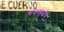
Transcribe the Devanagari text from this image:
लोकांमुळेच